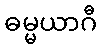
ဓမ္မယာဂီ